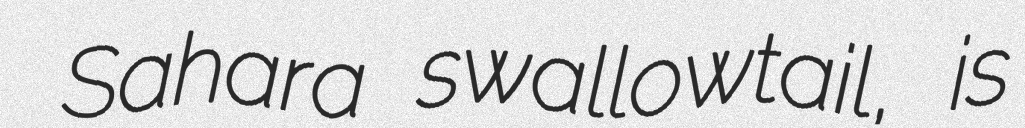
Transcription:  Sahara swallowtail, is